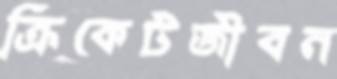
ক্রিকেটজীবন